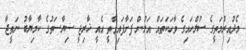
މެދުއިރުމަތީގެ ސުލްހައިގެ ވާހަކަތައް އަލުން ފަށާފައިވާތީ އެއީ ޚާރިޖީ ސިޔާސަތުގެ ކާމިޔާބު ނަތީޖާ